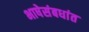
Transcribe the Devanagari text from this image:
भाषेसंबधांत